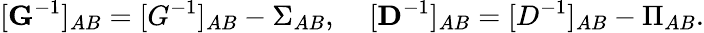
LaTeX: [{\mathbf G}^{-1}]_{AB}=[G^{-1}]_{AB}-\Sigma_{AB},\; \; \; \; [{\mathbf D}^{-1}]_{AB}=[D^{-1}]_{AB}-\Pi_{AB}.